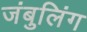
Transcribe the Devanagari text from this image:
जंबुलिंग